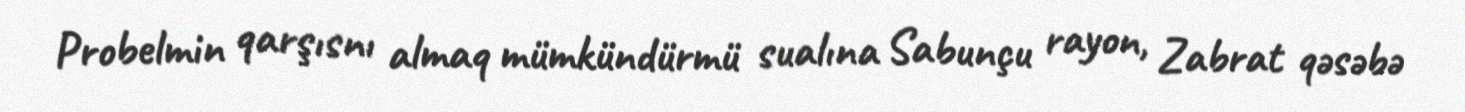
Probelmin qarşısnı almaq mümkündürmü sualına Sabunçu rayon, Zabrat qəsəbə